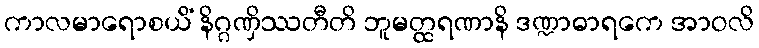
ကာလမာရောစယိံ နိဂ္ဂဏှိဿတီတိ ဘူမတ္ထရဏာနိ ဒဏ္ဍာဓာရကေ အာဝလိ